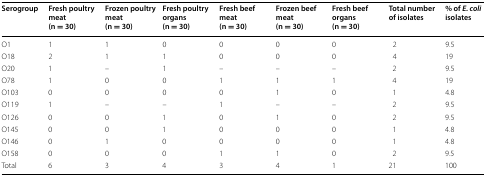
<table><thead><tr><td><b>Serogroup</b></td><td><b>Fresh poultry meat(n = 30)</b></td><td><b>Frozen poultry meat(n = 30)</b></td><td><b>Fresh poultry organs(n = 30)</b></td><td><b>Fresh beef meat(n = 30)</b></td><td><b>Frozen beef meat(n = 30)</b></td><td><b>Fresh beef organs(n = 30)</b></td><td><b>Total number of isolates</b></td><td><b>% of <i>E. coli</i> isolates</b></td></tr></thead><tbody><tr><td>O1</td><td>1</td><td>1</td><td>0</td><td>0</td><td>0</td><td>0</td><td>2</td><td>9.5</td></tr><tr><td>O18</td><td>2</td><td>1</td><td>1</td><td>0</td><td>0</td><td>0</td><td>4</td><td>19</td></tr><tr><td>O20</td><td>1</td><td>–</td><td>1</td><td>–</td><td>–</td><td>–</td><td>2</td><td>9.5</td></tr><tr><td>O78</td><td>1</td><td>0</td><td>0</td><td>1</td><td>1</td><td>1</td><td>4</td><td>19</td></tr><tr><td>O103</td><td>0</td><td>0</td><td>0</td><td>0</td><td>1</td><td>0</td><td>1</td><td>4.8</td></tr><tr><td>O119</td><td>1</td><td>–</td><td>–</td><td>1</td><td>–</td><td>–</td><td>2</td><td>9.5</td></tr><tr><td>O126</td><td>0</td><td>0</td><td>1</td><td>0</td><td>1</td><td>0</td><td>2</td><td>9.5</td></tr><tr><td>O145</td><td>0</td><td>0</td><td>1</td><td>0</td><td>0</td><td>0</td><td>1</td><td>4.8</td></tr><tr><td>O146</td><td>0</td><td>1</td><td>0</td><td>0</td><td>0</td><td>0</td><td>1</td><td>4.8</td></tr><tr><td>O158</td><td>0</td><td>0</td><td>0</td><td>1</td><td>1</td><td>0</td><td>2</td><td>9.5</td></tr><tr><td>Total</td><td>6</td><td>3</td><td>4</td><td>3</td><td>4</td><td>1</td><td>21</td><td>100</td></tr></tbody></table>